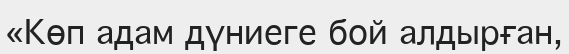
«Көп адам дүниеге бой алдырған,